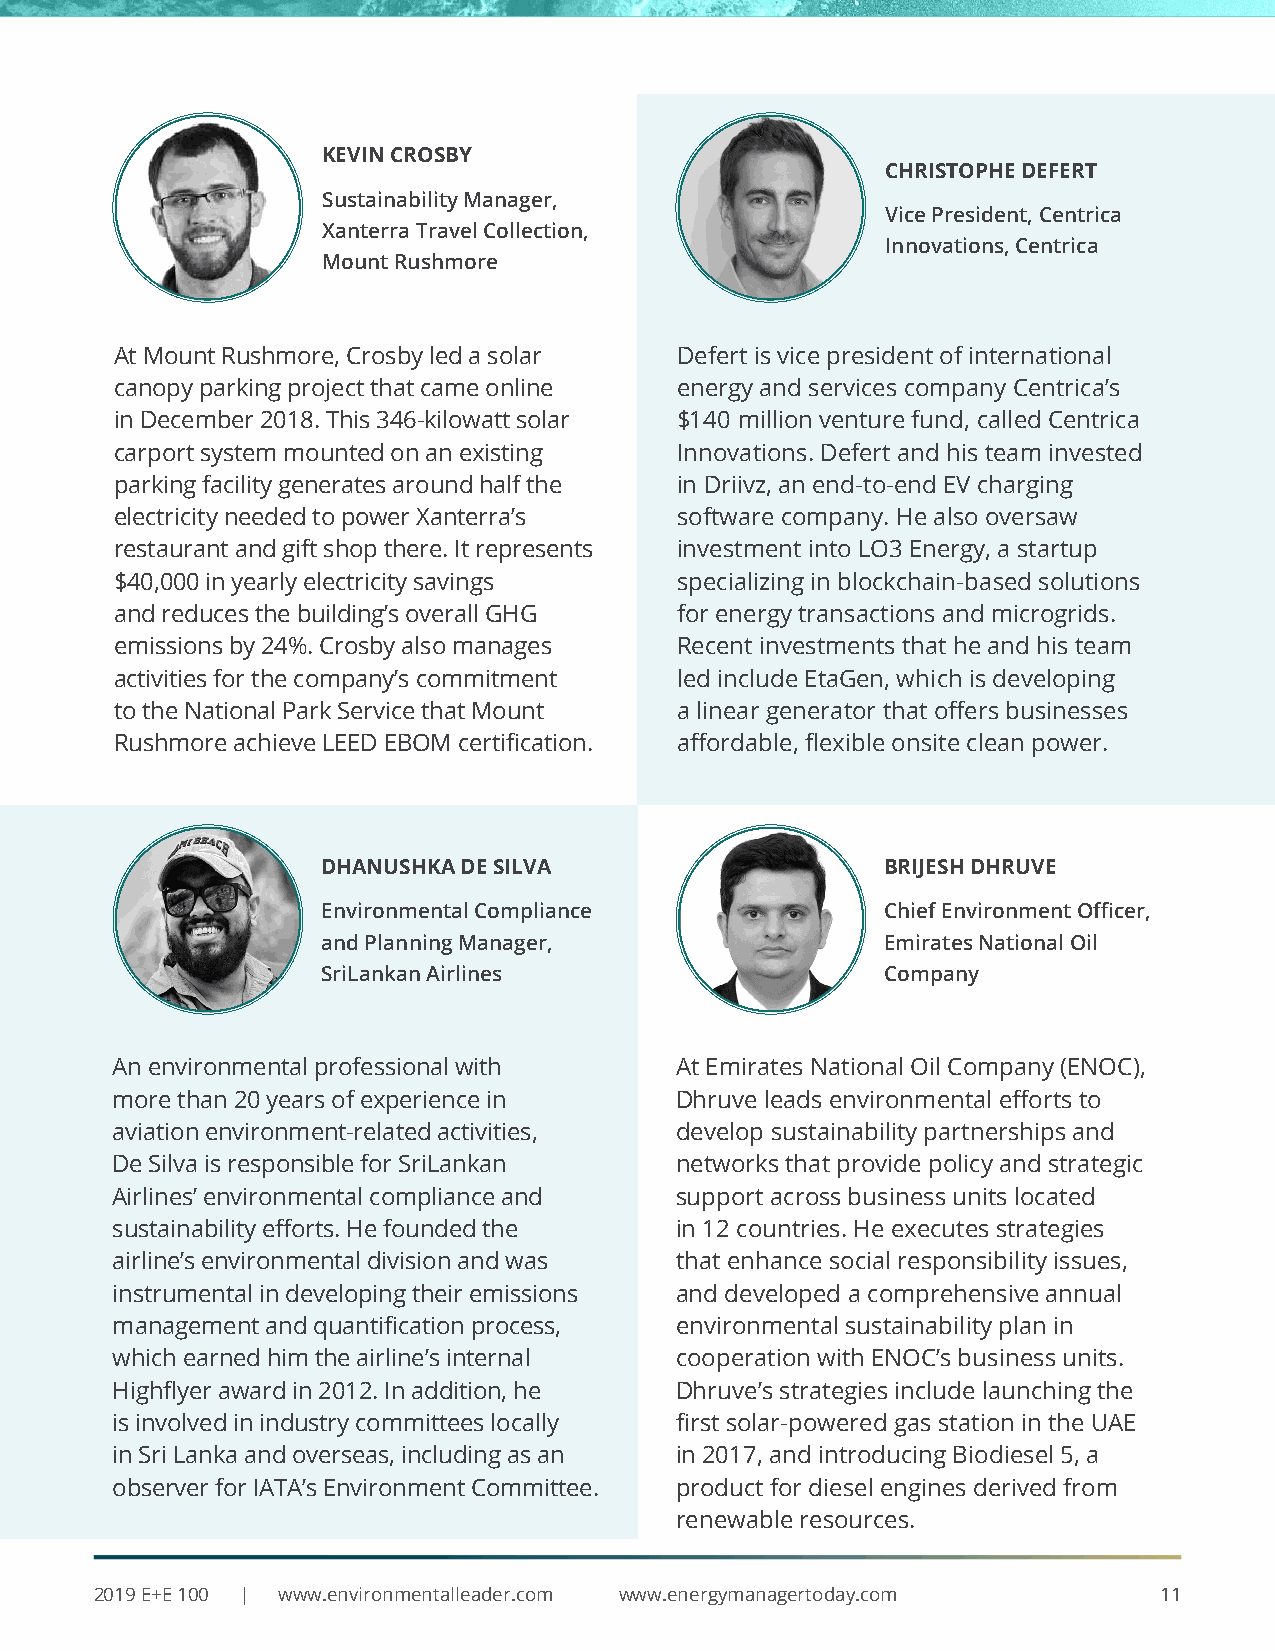
KEVIN CROSBY
 CHRISTOPHE DEFERT
 Sustainability Manager,
 Vice President, Centrica
 Xanterra Travel Collection,
 Innovations, Centrica
 Mount Rushmore
 At Mount Rushmore, Crosby led a solar Defert is vice president of international
 canopy parking project that came online energy and services company Centrica’s
 in December 2018. This 346-kilowatt solar $140 million venture fund, called Centrica
 carport system mounted on an existing Innovations. Defert and his team invested
 parking facility generates around half the in Driivz, an end-to-end EV charging
 electricity needed to power Xanterra’s software company. He also oversaw
 restaurant and gift shop there. It represents investment into LO3 Energy, a startup
 $40,000 in yearly electricity savings specializing in blockchain-based solutions
 and reduces the building’s overall GHG for energy transactions and microgrids.
 emissions by 24%. Crosby also manages Recent investments that he and his team
 activities for the company’s commitment led include EtaGen, which is developing
 to the National Park Service that Mount a linear generator that offers businesses
 Rushmore achieve LEED EBOM certification. affordable, flexible onsite clean power.
 DHANUSHKA DE SILVA                    BRIJESH DHRUVE
 Environmental Compliance              Chief Environment Officer,
 and Planning Manager,                 Emirates National Oil
 SriLankan Airlines                    Company
 An environmental professional with    At Emirates National Oil Company (ENOC),
 more than 20 years of experience in   Dhruve leads environmental efforts to
 aviation environment-related activities, develop sustainability partnerships and
 De Silva is responsible for SriLankan networks that provide policy and strategic
 Airlines’ environmental compliance and support across business units located
 sustainability efforts. He founded the in 12 countries. He executes strategies
 airline’s environmental division and was that enhance social responsibility issues,
 instrumental in developing their emissions and developed a comprehensive annual
 management and quantification process, environmental sustainability plan in
 which earned him the airline’s internal cooperation with ENOC’s business units.
 Highflyer award in 2012. In addition, he Dhruve’s strategies include launching the
 is involved in industry committees locally first solar-powered gas station in the UAE
 in Sri Lanka and overseas, including as an in 2017, and introducing Biodiesel 5, a
 observer for IATA’s Environment Committee. product for diesel engines derived from
 renewable resources.
 2019 E+E 100 | www.environmentalleader.com www.energymanagertoday.com  11